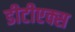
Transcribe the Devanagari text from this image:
डीटीएक्स